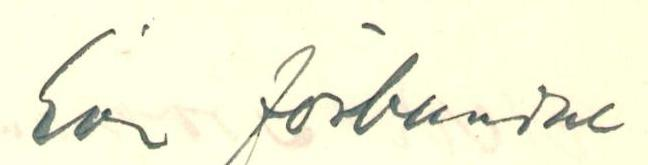
Ere förbundne